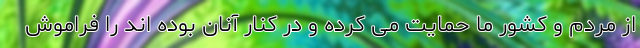
از مردم و کشور ما حمایت می کرده و در کنار آنان بوده اند را فراموش